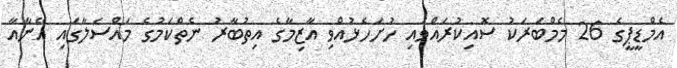
އެމްޑީޕީގެ 26 މެމްބަރަކު ސޮއިކުރައްވައި ހުށަހެޅުއްވި އާޒިމާގެ އިތުބާރު ނެތްކަމުގެ މައްސަލާގައި އޭނާއާ